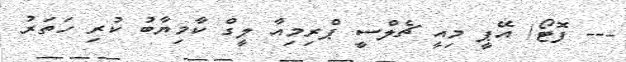
--- ފޮޓޯ/ އޭޕީ މިއީ ޗެލްސީ ޕްރިމިއާ ލީގް ކާމިޔާބު ކުރި ހަތަރު